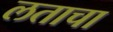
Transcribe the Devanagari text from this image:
लताचा